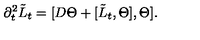
\partial _ { t } ^ { 2 } \tilde { L } _ { t } = [ D \Theta + [ \tilde { L } _ { t } , \Theta ] , \Theta ] .